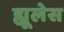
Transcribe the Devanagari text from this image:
ह्यूलेस